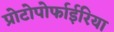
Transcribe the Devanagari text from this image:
प्रोटोपोर्फाईरिया